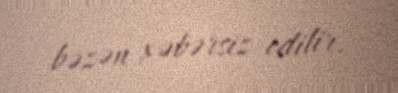
bəzən xəbərsiz edilir.